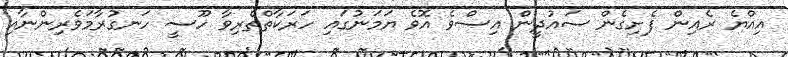
އިއްޔެ ރެއިން ފެށިގެން ސައުދީން އިސްވެ އޮވެ ޔަމަނުގައި ހަރަކާތްތެރިވާ ހޫސީ ހަނގުރާމަވެރިންނާއި